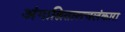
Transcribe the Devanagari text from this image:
अंगाश्रितास्त्वलंकारा